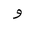
Letter: _waw